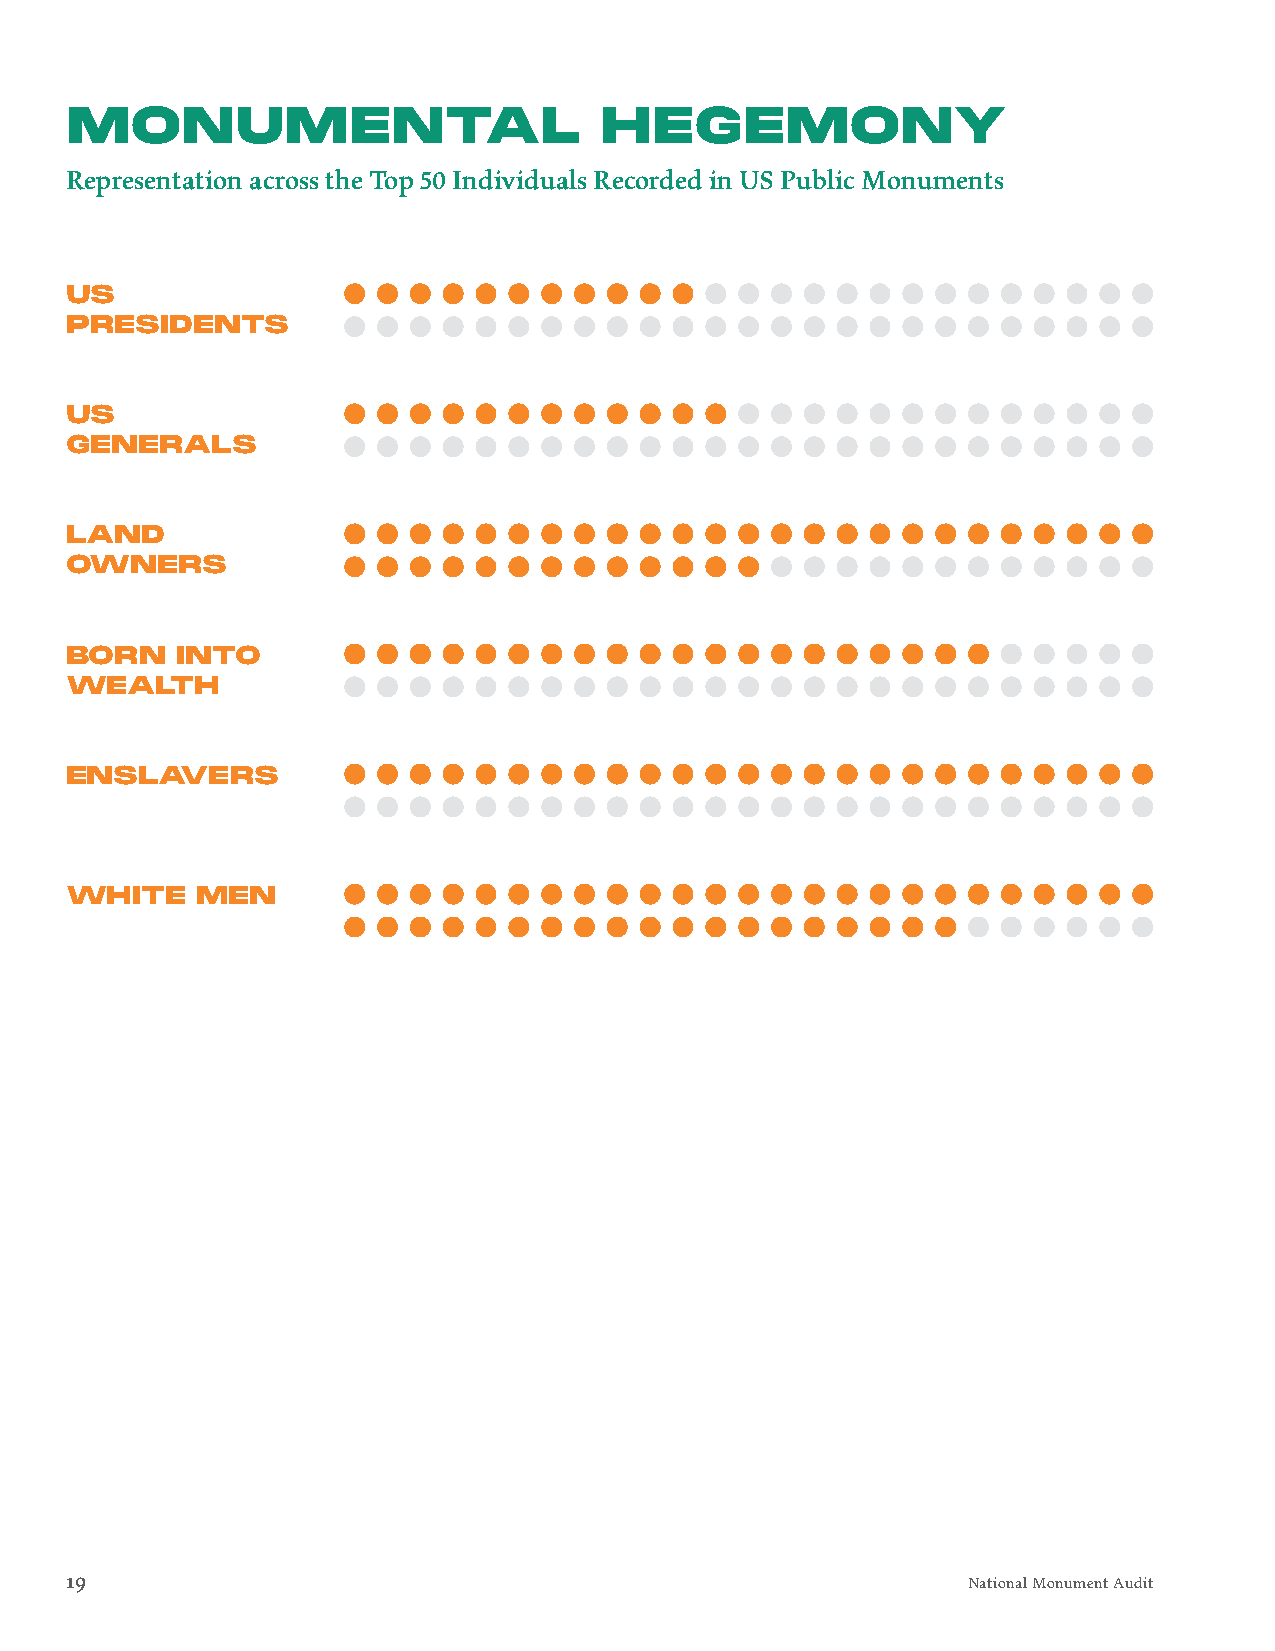
MONUMENTAL                          HEGEMONY
 Representation across the Top 50 Individuals Recorded in US Public Monuments
 US
 PRESIDENTS
 US
 GENERALS
 LAND
 OWNERS
 BORN    INTO
 WEALTH
 ENSLAVERS
 WHITE    MEN
 19                                                          National Monument Audit